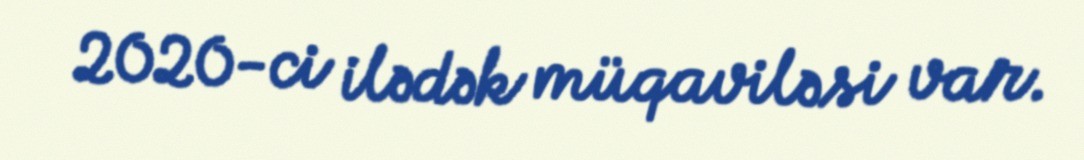
2020-ci ilədək müqaviləsi var.